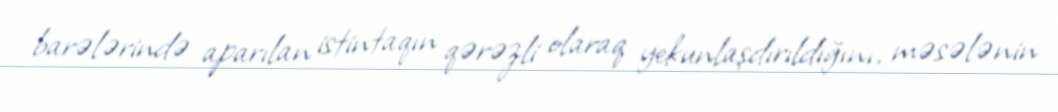
barələrində aparılan istintaqın qərəzli olaraq yekunlaşdırıldığını, məsələnin